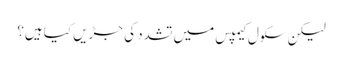
لیکن سکول کیمپس میں تشدد کی جڑیں کیا ہیں؟